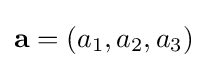
\mathbf {a} =\left(a_{1},a_{2},a_{3}\right)